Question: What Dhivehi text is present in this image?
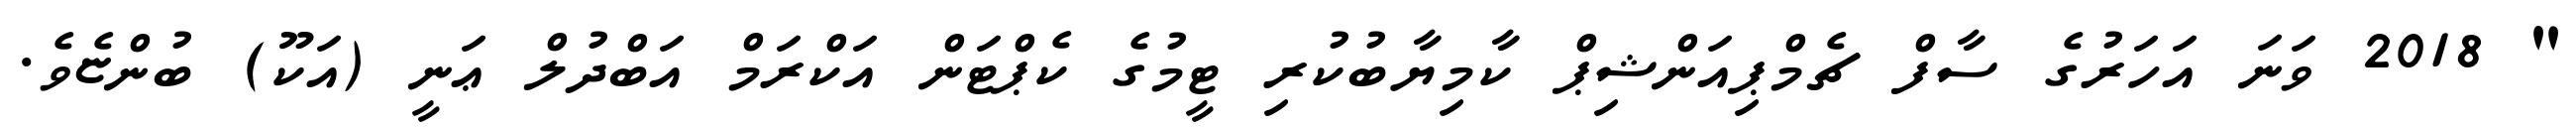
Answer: " 2018 ވަނަ އަހަރުގެ ސާފް ޗެމްޕިއަންޝިޕް ކާމިޔާބުކުރި ޓީމުގެ ކެޕްޓަން އަކްރަމް އަބްދުލް ޢަނީ (އަކޫ) ބުންޏެވެ.